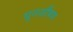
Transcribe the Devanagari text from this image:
पुनर्शोषण